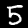
Label: 5